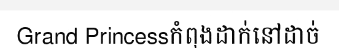
Grand Princessកំពុងដាក់នៅដាច់